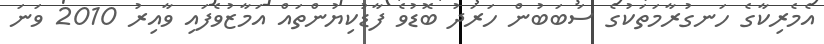
އެމެރިކާގެ ހަނގުރާމަތަކުގެ ސަބަބުން ހަރަދު ބޮޑުވެ ފާޑުކިޔުންތައް އަމާޒުވެފައި ވާއިރު 2010 ވަނަ